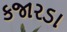
કજારડા